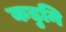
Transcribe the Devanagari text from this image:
कडुनि